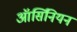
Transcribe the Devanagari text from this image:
ऑर्सिनियन